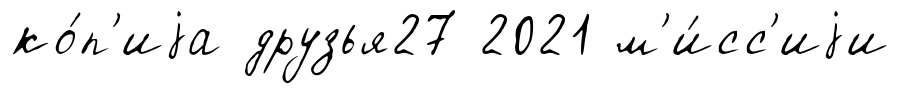
ко́п'иjа друзья27 2021 м'и́сс'иjи